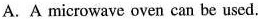
A.A microwave oven can be used.